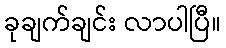
ခုချက်ချင်း လာပါပြီ။